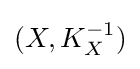
(X,K_{X}^{-1})